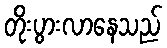
တိုးပွားလာနေသည်